Lunatic asylums Central Provinces reports 1874-1885 - 1874-1885
Year: 1874
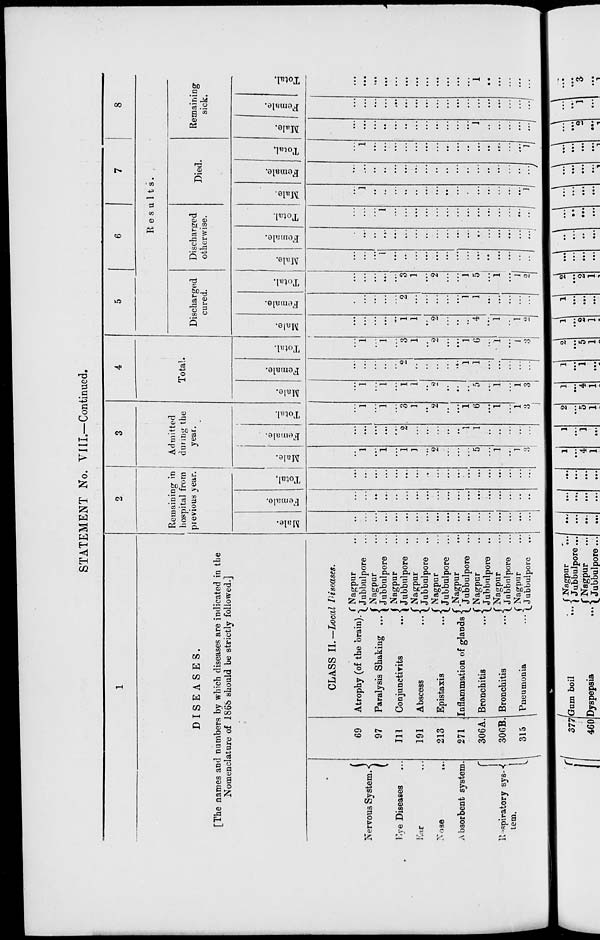
STATEMENT No. VIII.—Continued.
1
DISEASES.
[The names and numbers by which diseases are indicated in the
Nomenclature of 1868 should be strictly followed.]
Nervous System.
Eye Diseases …
Ear …
Nose
...
Absorbent system.
Respiratory sys-
tem.
69
97
111
191
213
271
306A.
306B.
315
CLASS II. —Local Diseases.
Atrophy (of the brain).
Paralysis Shaking …
Conjunctivits
...
Abscess
...
Epistaxis …
Inflammation of glands
Bronchitis
...
Bronchitis
...
Pneumonia …
Nagpur ...
Jubbulpore ...
Nagpur ...
Jubbulpore ...
Nagpur ...
Jubbulpore ...
Nagpur ...
Jubbulpore ...
Nagpur ...
Jubbulpore ...
Nagpur ...
Jubbulpore ...
Nagpur ...
Jubbulpore ...
Nagpur ...
Jubbulpore ...
Nagpur ...
Jubbulpore
...
2
Remaining in
hospital from
previous year.
Male.
…
…
…
…
…
…
…
…
…
…
…
…
…
…
…
…
…
…
Female.
…
…
…
…
…
…
…
…
…
…
…
…
…
…
…
…
…
…
Total.
…
…
…
…
…
…
…
…
…
…
…
…
…
…
…
…
…
…
3
Admitted
during the
year.
Male.
…
1
...
1
...
1
1
...
2
...
...
…
5
...
1
…
1
…
Female.
…
...
...
...
...
2
…
…
…
...
...
1
1
…
…
…
…
…
Total.
...
1
...
1
…
3
1
…
2
...
...
1
6
...
1
…
1
...
4
Total.
Male.
…
1
...
1
...
1
1
...
2
...
…
…
5
...
1
...
1
3
Female.
…
...
...
...
...
2
...
…
...
...
…
1
1
...
...
...
…
…
Total.
…
1
...
1
...
3
1
...
2
...
...
1
6
...
1
...
1
3
5
6
7
8
Results.
Discharged
cured.
Male.
...
...
...
...
...
1
1
...
2
...
...
...
4
...
1
...
1
2
Female.
…
…
…
…
…
2
…
…
...
…
…
1
1
…
…
…
…
…
Total.
…
...
...
...
…
3
1
...
2
...
…
1
5
...
1
...
1
2
Discharged
otherwise.
Male.
…
…
…
1
…
…
…
…
...
…
…
…
…
…
…
…
…
…
Female.
…
...
...
...
...
...
...
...
...
...
...
...
…
...
...
...
...
...
Total.
…
…
…
1
…
…
…
…
...
…
…
…
…
…
…
…
...
...
Died.
Male.
...
1
…
…
…
…
…
...
...
…
...
…
…
…
…
…
...
1
Female.
...
...
…
…
...
…
...
...
...
…
...
…
...
…
…
…
…
...
Total.
…
1
...
...
...
...
...
...
...
...
...
...
...
...
...
…
...
1
Remaining
sick.
Male.
...
...
...
...
...
...
...
…
...
...
...
...
1
...
...
…
...
...
Female.
…
...
...
...
...
...
...
...
...
...
...
...
...
...
...
…
...
...
Total.
...
...
...
...
...
...
...
...
...
...
...
...
1
...
...
...
...
...